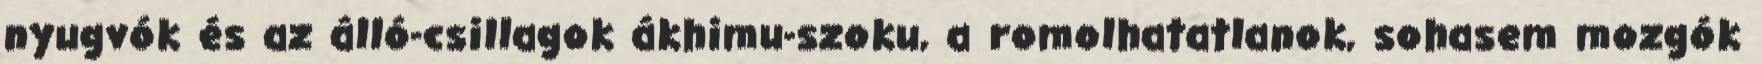
nyugvók és az álló-csillagok ákhimu-szoku, a romolhatatlanok, sohasem mozgók